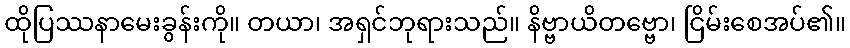
ထိုပြဿနာမေးခွန်းကို။ တယာ၊ အရှင်ဘုရားသည်။ နိဗ္ဗာယိတဗ္ဗော၊ ငြိမ်းစေအပ်၏။